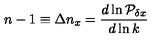
n - 1 \equiv \Delta n _ { x } = { \frac { d \ln { \cal P } _ { \delta x } } { d \ln k } }